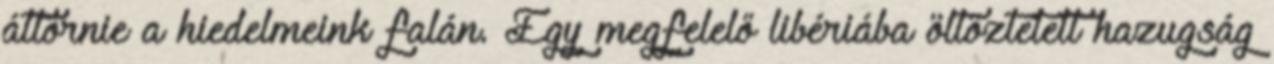
áttörnie a hiedelmeink falán. Egy megfelelő libériába öltöztetett hazugság